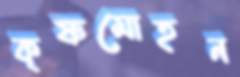
কৃষ্ণমোহন